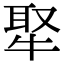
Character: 𤚉